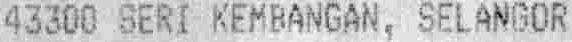
43300 SERI KEMBANGAN, SELANGOR